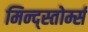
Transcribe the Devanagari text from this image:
मिन्द्स्तोर्म्स